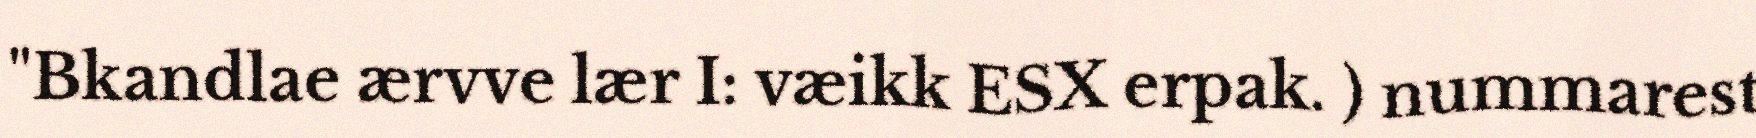
"Bkandlae ærvve lær I: væikk ESX erpak. ) nummarest